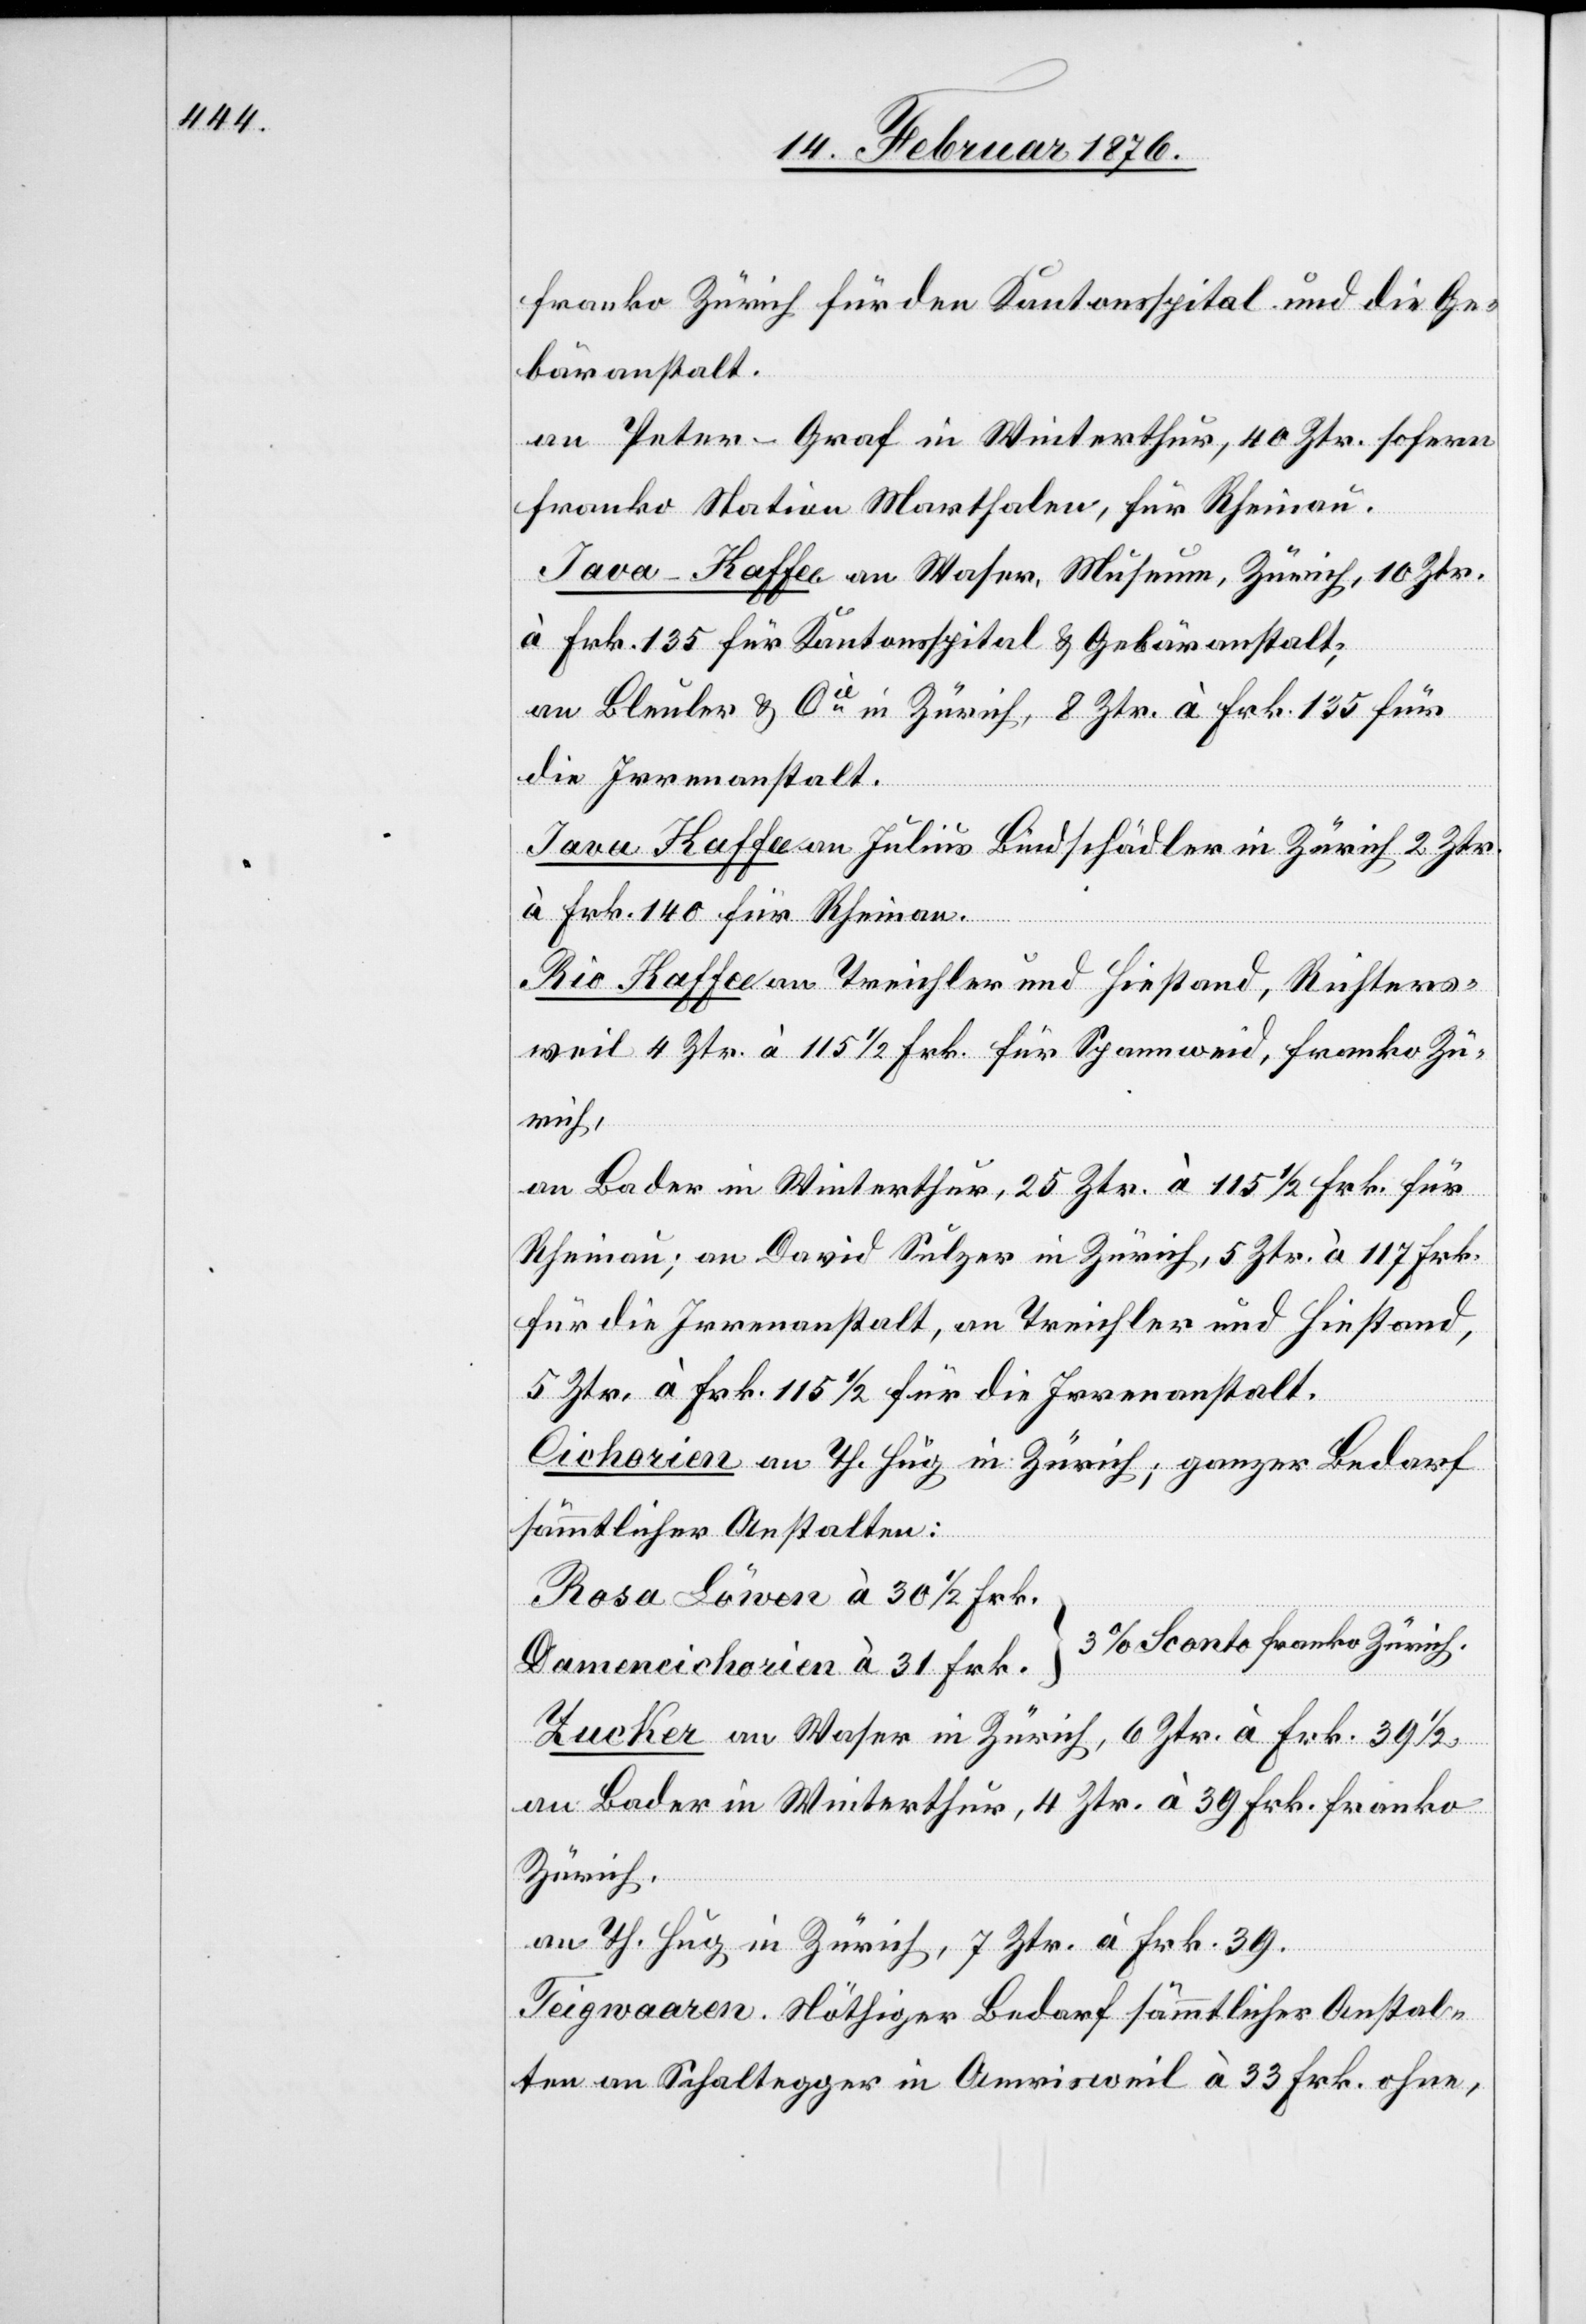
franko Zürich für den Kantonsspital und die Ge¬
bäranstalt.
an Peter-Graf in Winterthur, 40 Ztr. sofern
franko Station Marthalen, für Rheinau.
Java-Kaffee an Waser, Museum, Zürich, 10 Ztr.
à Frk. 135 für Kantonsspital & Gebäranstalt;
an Bleuler & Cie in Zürich, 8 Ztr. à Frk. 135 für
die Irrenanstalt.
Java Kaffee an Julius Bindschädler in Zürich 2 Ztr.
à Frk. 140 für Rheinau.
Rio Kaffee an Treichler und Hiestand, Richters¬
weil 4 Ztr. à 115 1/2 Frk. für Spannweid, franko Zü¬
rich,
an Bader in Winterthur, 25 Ztr. à 115 1/2 Frk. für
Rheinau; an David Sulzer in Zürich, 5 Ztr. à 117 Frk.
für die Irrenanstalt, an Treichler und Hiestand,
5 Ztr. à Frk. 115 1/2 für die Irrenanstalt.
Cichorien an Th. Hug in Zürich; ganzer Bedarf
sämmtlicher Anstalten:
Rosa Löwen à 30 1/2 Frk.
3 % Sconto franko Zürich
Damencichorien à 31 Frk.
Zucker an Waser in Zürich, 6 Ztr. à Frk. 39 1/2
an Bader in Winterthur, 4 Ztr. à 39 Frk. franko
Zürich.
an Th. Hug in Zürich, 7 Ztr. à Frk. 39.
Teigwaaren. Nöthiger Bedarf sämmtlicher Anstal¬
ten an Schaltegger in Amrisweil à 33 Frk. ohne,